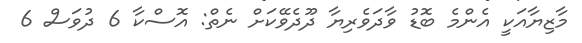
މާޒިޔާއަކީ އެންމެ ބޮޑު ވާދަވެރިޔާ ދޫދެވޭކަށް ނެތް: އޮސްކާ 6 ދުވަސް 6